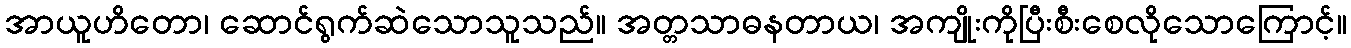
အာယူဟိတော၊ ဆောင်ရွက်ဆဲသောသူသည်။ အတ္တသာဓနတာယ၊ အကျိုးကိုပြီးစီးစေလိုသောကြောင့်။